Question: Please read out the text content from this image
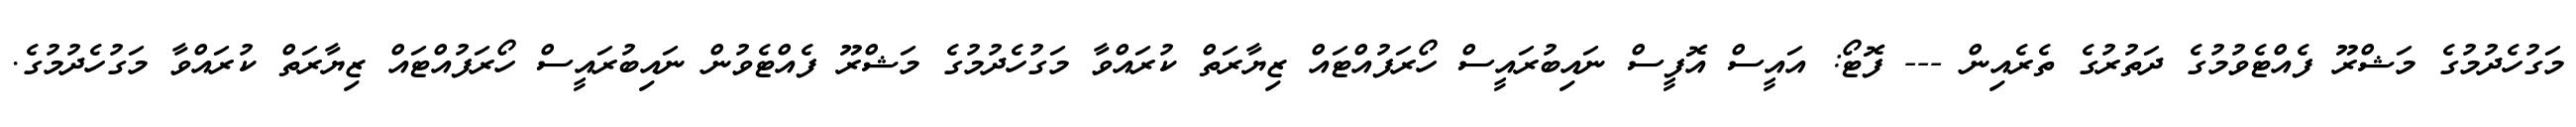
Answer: މަގުހެދުމުގެ މަޝްރޫ ފެއްޓެވުމުގެ ދަތުރުގެ ތެރެއިން --- ފޮޓޯ: އައީސް އޮފީސް ނައިބުރައީސް ހޯރަފުއްޓައް ޒިޔާރަތް ކުރައްވާ މަގުހެދުމުގެ މަޝްރޫ ފެއްޓެވުން ނައިބުރައީސް ހޯރަފުއްޓައް ޒިޔާރަތް ކުރައްވާ މަގުހެދުމުގެ.